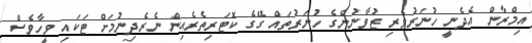
އިމްރާން އެދެނީ ހުނަރުވެރި ޒުވާނުންގެ ހުނަރުތައް ގޭގެ ކޮޓަރިތެރެއިން ނެރެދިނުމަށް ޓަކައި ވީހާވެސް